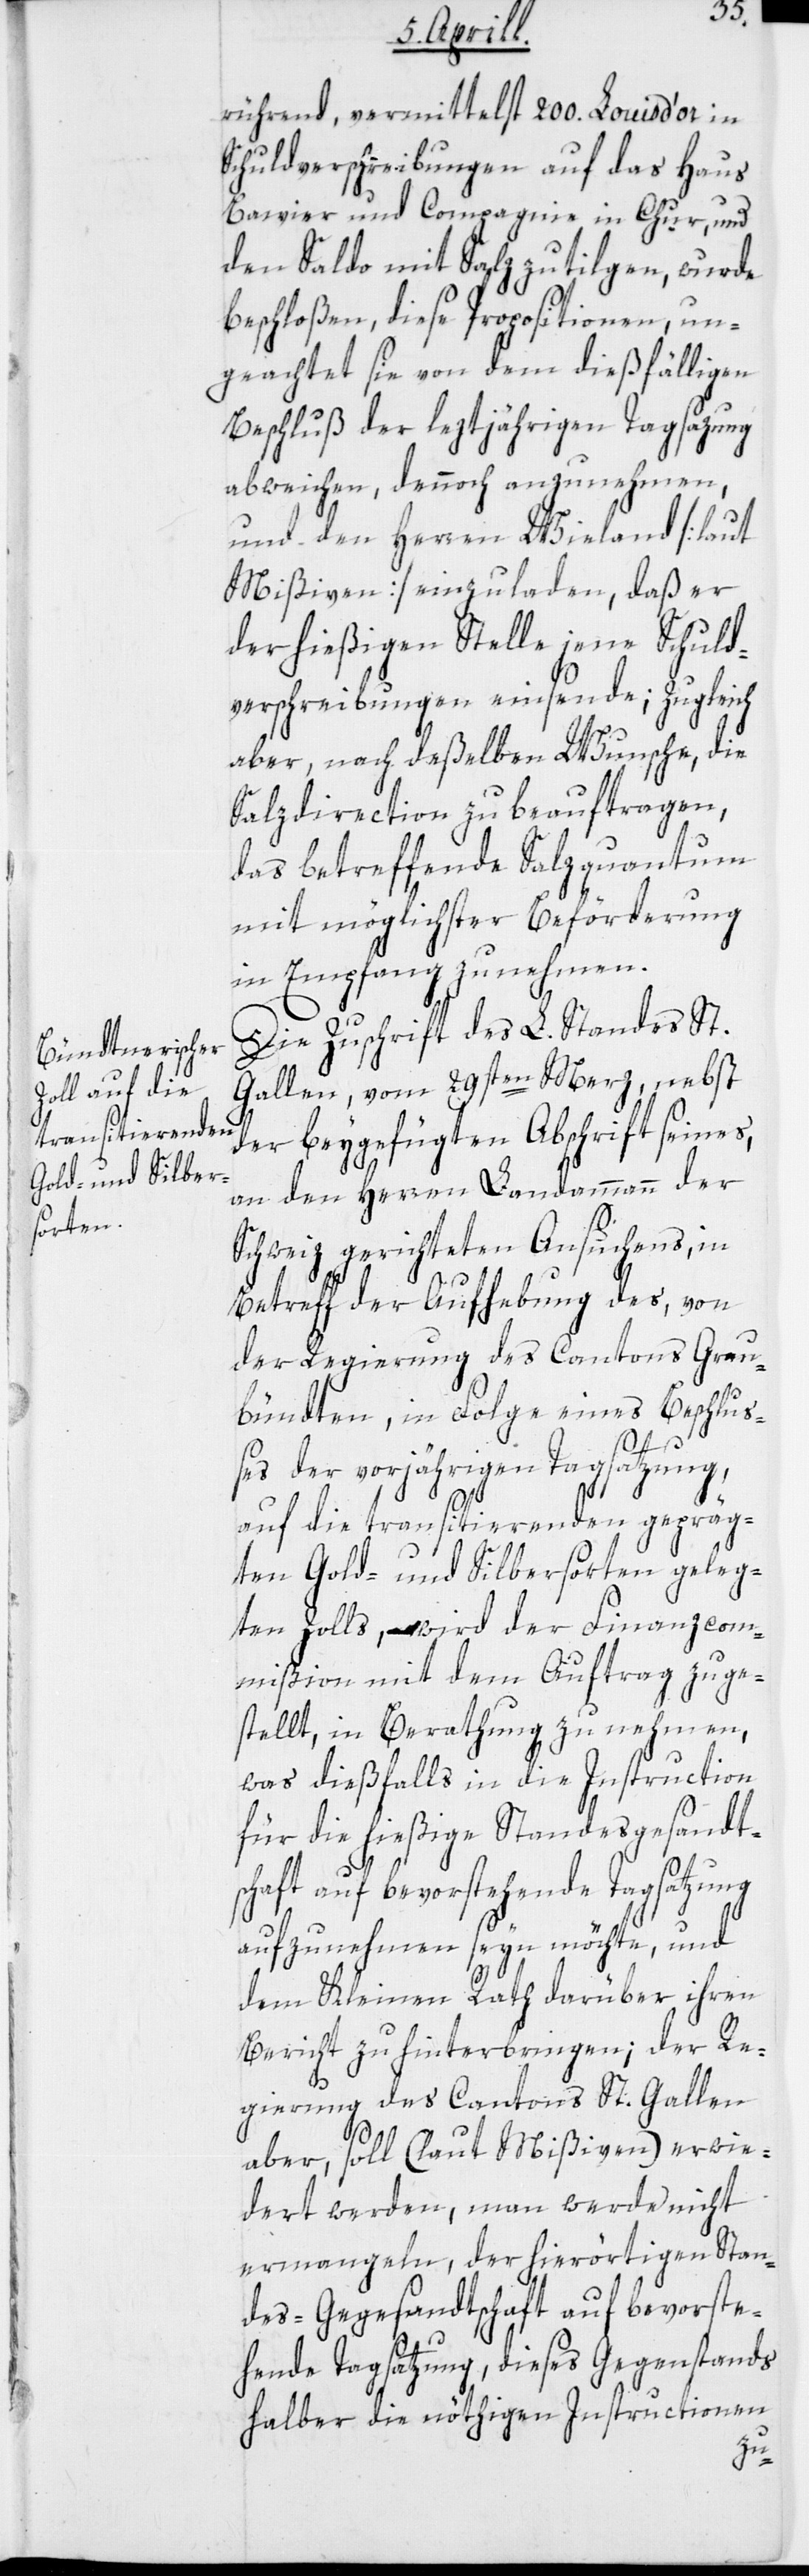
rührend, vermittelst 200. Louisd’or in
Schuldverschreibungen auf das Haus
Bavier und Compagnie in Chur, und
den Saldo mit Salz zu tilgen, wurde
beschloßen, diese Propositionen, un¬
geachtet sie von dem dießfälligen
Beschluß der letztjährigen Tagsatzung
abweichen, dennoch anzunehmen,
und den Herren Wieland [laut
Mißiven] einzuladen, daß er
der hießigen Stelle jene Schuld¬
verschreibungen einsende; zugleich
aber, nach deßelben Wunsche, die
Salzdirection zu beauftragen,
das betreffende Salzquantum
mit möglichster Beförderung
in Empfang zu nehmen.
Die Zuschrift des L. Standes St.
Gallen vom 29sten Merz, nebst
der beygefügten Abschrift seines,
an den Herren Landammann der
Schweiz gerichteten Ansuchens, in
Betreff der Aufhebung des, von
der Regierung des Cantons Grau¬
bündten, in Folge eines Beschlu¬
ßes der vorjährigen Tagsatzung,
auf die transitierenden gepräg¬
ten Gold- und Silbersorten geleg¬
ten Zolls, wird der Finanzcom¬
mißion mit dem Auftrag zuge¬
stellt, in Berathung zu nehmen,
was dießfalls in die Instruction
für die hießige Standesgesandts¬
chaft auf bevorstehende Tagsatzung
aufzunehmen seyn möchte, und
dem Kleinen Rath darüber ihren
Bericht zu hinterbringen; der Re¬
gierung des Cantons St. Gallen
aber, soll (laut Mißiven) erwi¬
dert werden, man werde nicht
ermangeln, der hierörtigen Stan¬
des-Gesandtschaft auf bevorste¬
hende Tagsatzung, dieses Gegenstands
halber die nöthigen Instructionen